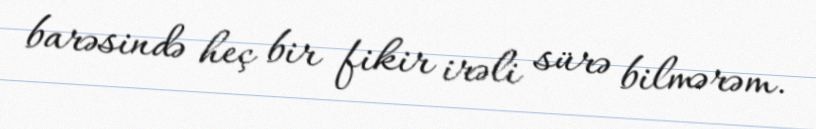
barəsində heç bir fikir irəli sürə bilmərəm.